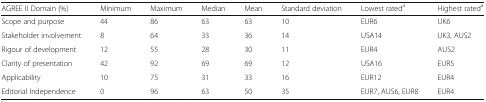
| AGREE II Domain (%) | Minimum | Maximum | Median | Mean | Standard deviation | Lowest rateda | Highest rateda |
 | --- | --- | --- | --- | --- | --- | --- | --- |
 | Scope and purpose | 44 | 86 | 63 | 63 | 10 | EUR6 | UK6 |
 | Stakeholder involvement | 8 | 64 | 33 | 36 | 14 | USA14 | UK3, AUS2 |
 | Rigour of development | 12 | 55 | 28 | 30 | 11 | EUR4 | AUS2 |
 | Clarity of presentation | 42 | 92 | 69 | 69 | 12 | USA16 | EUR5 |
 | Applicability | 10 | 75 | 31 | 33 | 16 | EUR12 | EUR4 |
 | Editorial Independence | 0 | 96 | 63 | 50 | 35 | EUR7, AUS6, EUR8 | EUR4 |